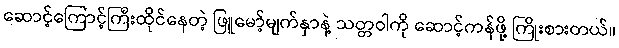
ဆောင့်ကြောင့်ကြီးထိုင်နေတဲ့ ဖြူမော့်မျက်နှာနဲ့ သတ္တဝါကို ဆောင့်ကန်ဖို့ ကြိုးစားတယ်။